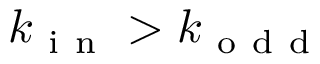
k _ { \mathrm { ~ i ~ n ~ } } > k _ { \mathrm { ~ o ~ d ~ d ~ } }